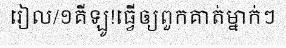
រៀល/១គីឡូ!ធ្វើឲ្យពួកគាត់ម្នាក់ៗ